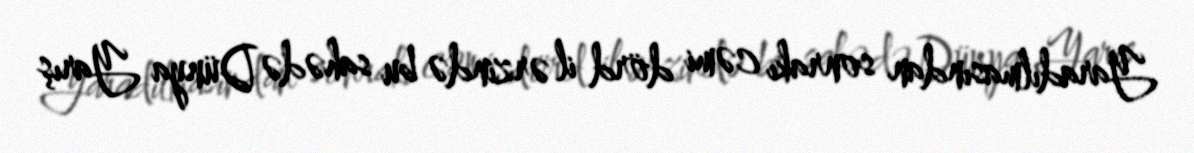
Yaradılmasından sonrakı cəmi dörd il ərzində bu sahədə Dünya Yarış